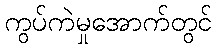
ကွပ်ကဲမှုအောက်တွင်